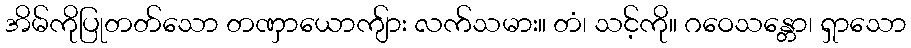
အိမ်ကိုပြုတတ်သော တဏှာယောကျ်ား လက်သမား။ တံ၊ သင့်ကို။ ဂဝေသန္တော၊ ရှာသော